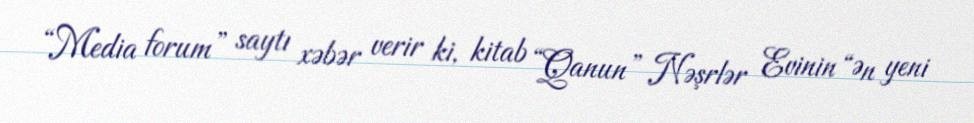
“Media forum” saytı xəbər verir ki, kitab “Qanun” Nəşrlər Evinin “Ən yeni